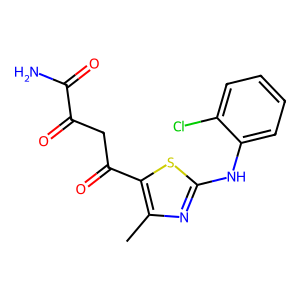
SMILES: Cc1nc(Nc2ccccc2Cl)sc1C(=O)CC(=O)C(N)=O
Inhibits HIV replication: No